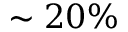
\sim 2 0 \%